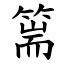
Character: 篅